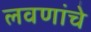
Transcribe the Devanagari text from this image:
लवणांचे